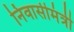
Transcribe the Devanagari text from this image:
निवासीमंत्री